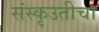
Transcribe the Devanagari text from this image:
संस्कृउतीचा